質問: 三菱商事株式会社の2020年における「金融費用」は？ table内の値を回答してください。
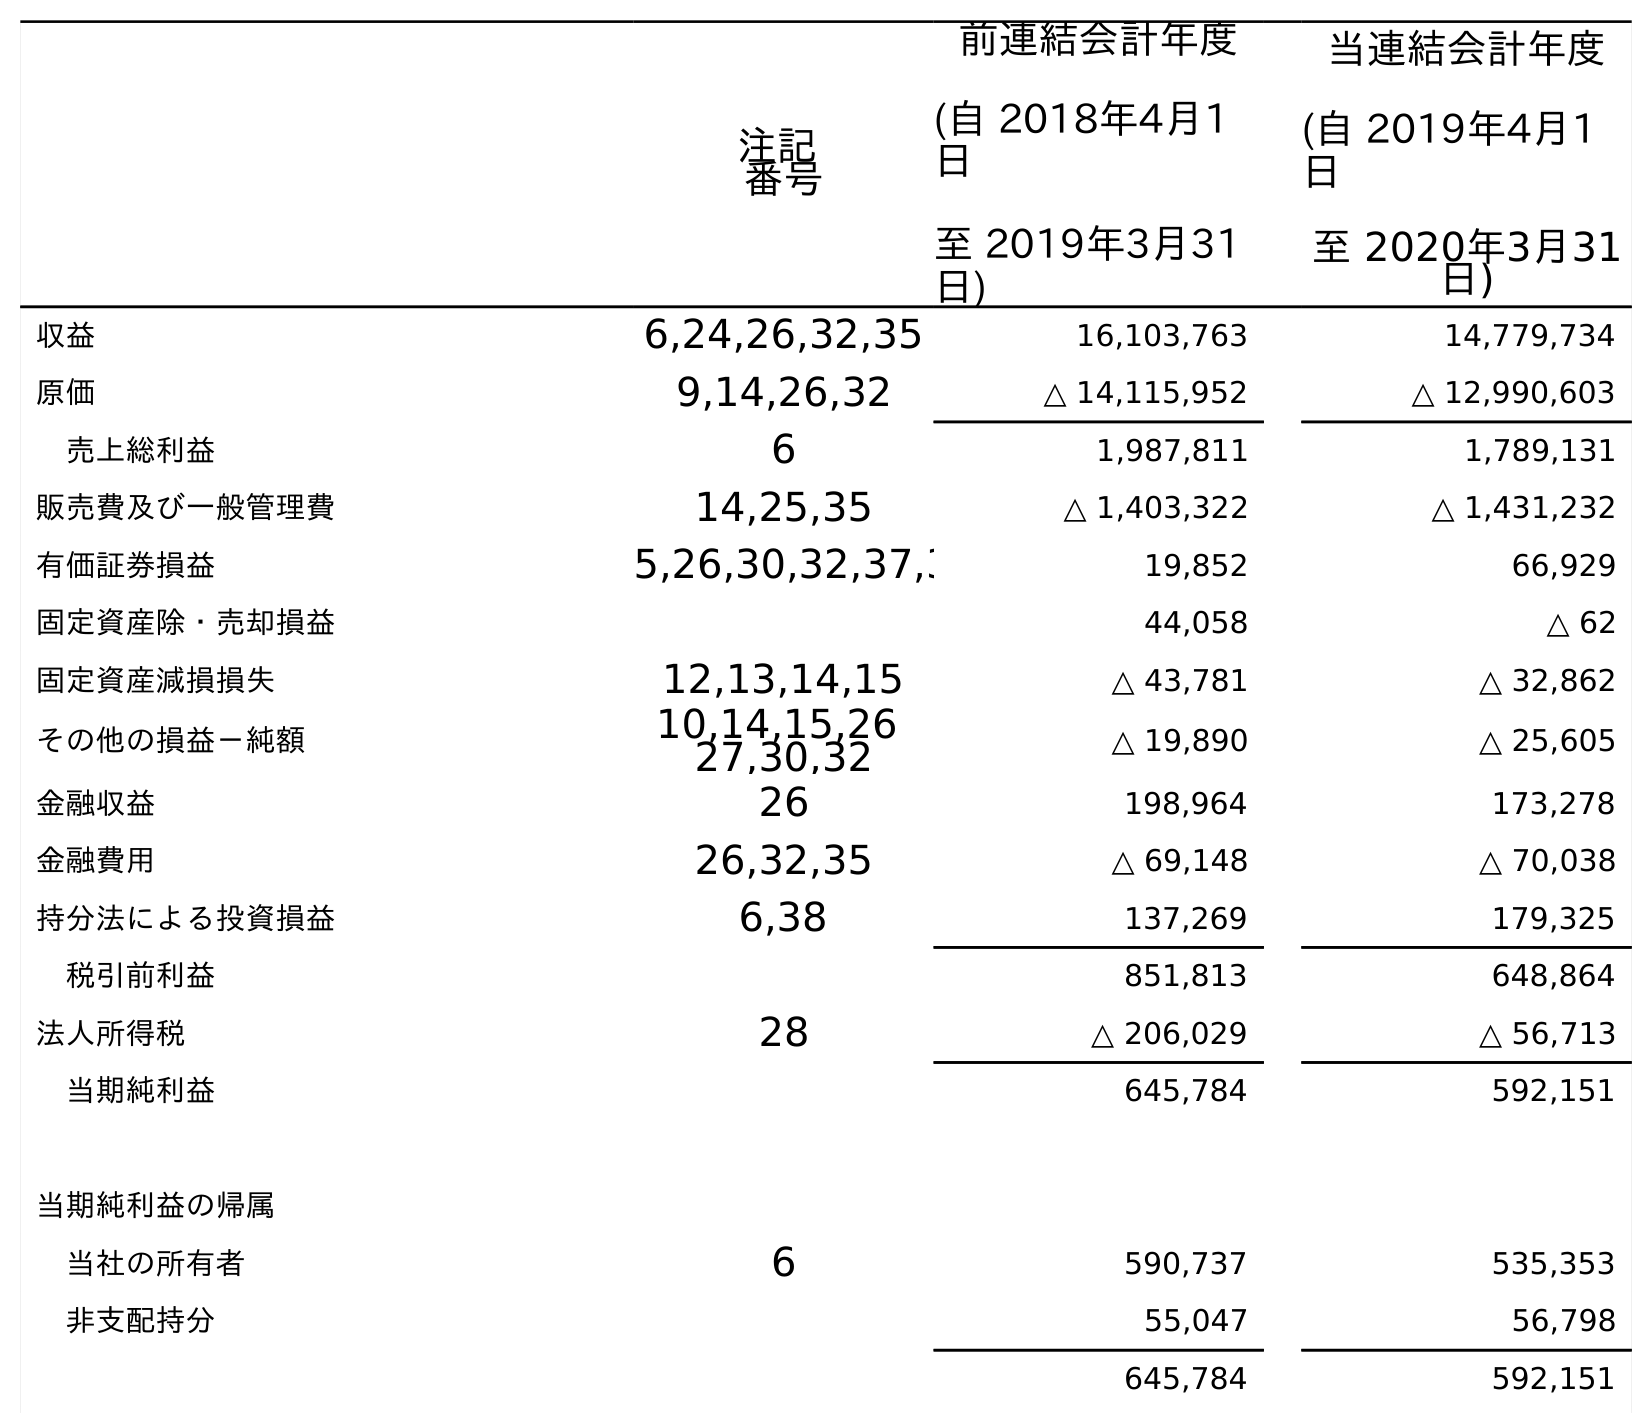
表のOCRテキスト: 注記 番号 前連結会計年度 (自 2018年4月1 日 至 2019年3月31 日) 当連結会計年度 (自 2019年4月1 日 至 2020年3月31 日) 収益 6,24,26,32,35 16,103,763 14,779,734 原価 9,14,26,32 △ 14,115,952 △ 12,990,603 売上総利益 6 1,987,811 1,789,131 販売費及び一般管理費 14,25,35 △ 1,403,322 △ 1,431,232 有価証券損益 5,26,30,32,37,3 19,852 66,929 固定資産除・売却損益 44,058 △ 62 固定資産減損損失 12,13,14,15 △ 43,781 △ 32,862 その他の損益－純額 10,14,15,26 27,30,32 △ 19,890 △ 25,605 金融収益 26 198,964 173,278 金融費用 26,32,35 △ 69,148 △ 70,038 持分法による投資損益 6,38 137,269 179,325 税引前利益 851,813 648,864 法人所得税 28 △ 206,029 △ 56,713 当期純利益 645,784 592,151 当期純利益の帰属 当社の所有者 6 590,737 535,353 非支配持分 55,047 56,798 645,784 592,151
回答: △70,038